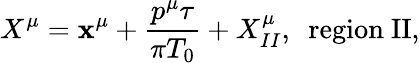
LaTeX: X^{\mu}=\mathbf{x}^{\mu}+\frac{{p^{\mu}\tau}}{{\pi{T_{0}}}}+X_{II}^{\mu},~~\mathrm{{region~II}},